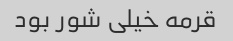
قرمه خیلی شور بود